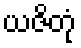
ယဇိတုံ